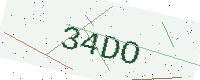
Text: 34DO